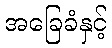
အခြေခံနှင့်